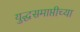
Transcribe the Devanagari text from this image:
युद्धसमाप्तीच्या